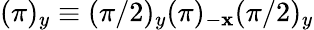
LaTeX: (\pi)_{y}\equiv(\pi/2)_{y}(\pi)_{-\mathbf{x}}(\pi/2)_{y}